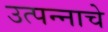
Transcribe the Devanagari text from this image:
उत्‍पन्‍नाचे